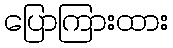
ပြောကြားထား